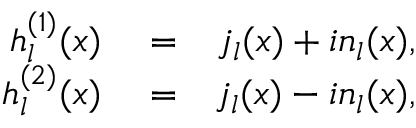
\begin{array} { r l r } { h _ { l } ^ { ( 1 ) } ( x ) } & { { } = } & { j _ { l } ( x ) + i n _ { l } ( x ) , } \\ { h _ { l } ^ { ( 2 ) } ( x ) } & { { } = } & { j _ { l } ( x ) - i n _ { l } ( x ) , } \end{array}